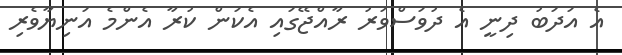
އެ އަދަބު ދިނީ އެ ދުވަސްވަރު ރާއްޖޭގައި އެކަން ކުރާ އެންމެ އަނިޔާވެރި